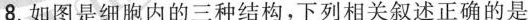
8.如图是细胞内的三种结构，下列相关叙述正确的是